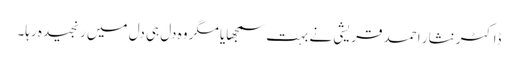
ڈاکٹر نثار احمد قریشی نے بہت سمجھایا مگر وہ دل ہی دل میں رنجیدہ رہا۔